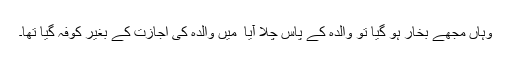
وہاں مجھے بخار ہو گیا تو والدہ کے پاس چلا آیا ٗ میں والدہ کی اجازت کے بغیر کوفہ گیا تھا۔